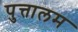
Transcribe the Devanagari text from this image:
पुत्तालम